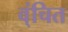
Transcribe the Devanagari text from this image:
व्ंचित